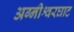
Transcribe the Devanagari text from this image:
अग्नीश्वरघाट